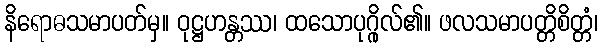
နိရောဓသမာပတ်မှ။ ဝုဋ္ဌဟန္တဿ၊ ထသောပုဂ္ဂိုလ်၏။ ဖလသမာပတ္တိစိတ္တံ၊